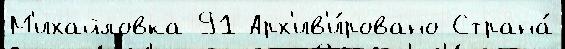
М'ихайловка 91 Арх'ив'и́ровано Страна́